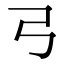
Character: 𢎗